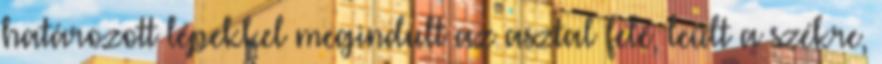
határozott lépekkel megindult az asztal felé, leült a székre,